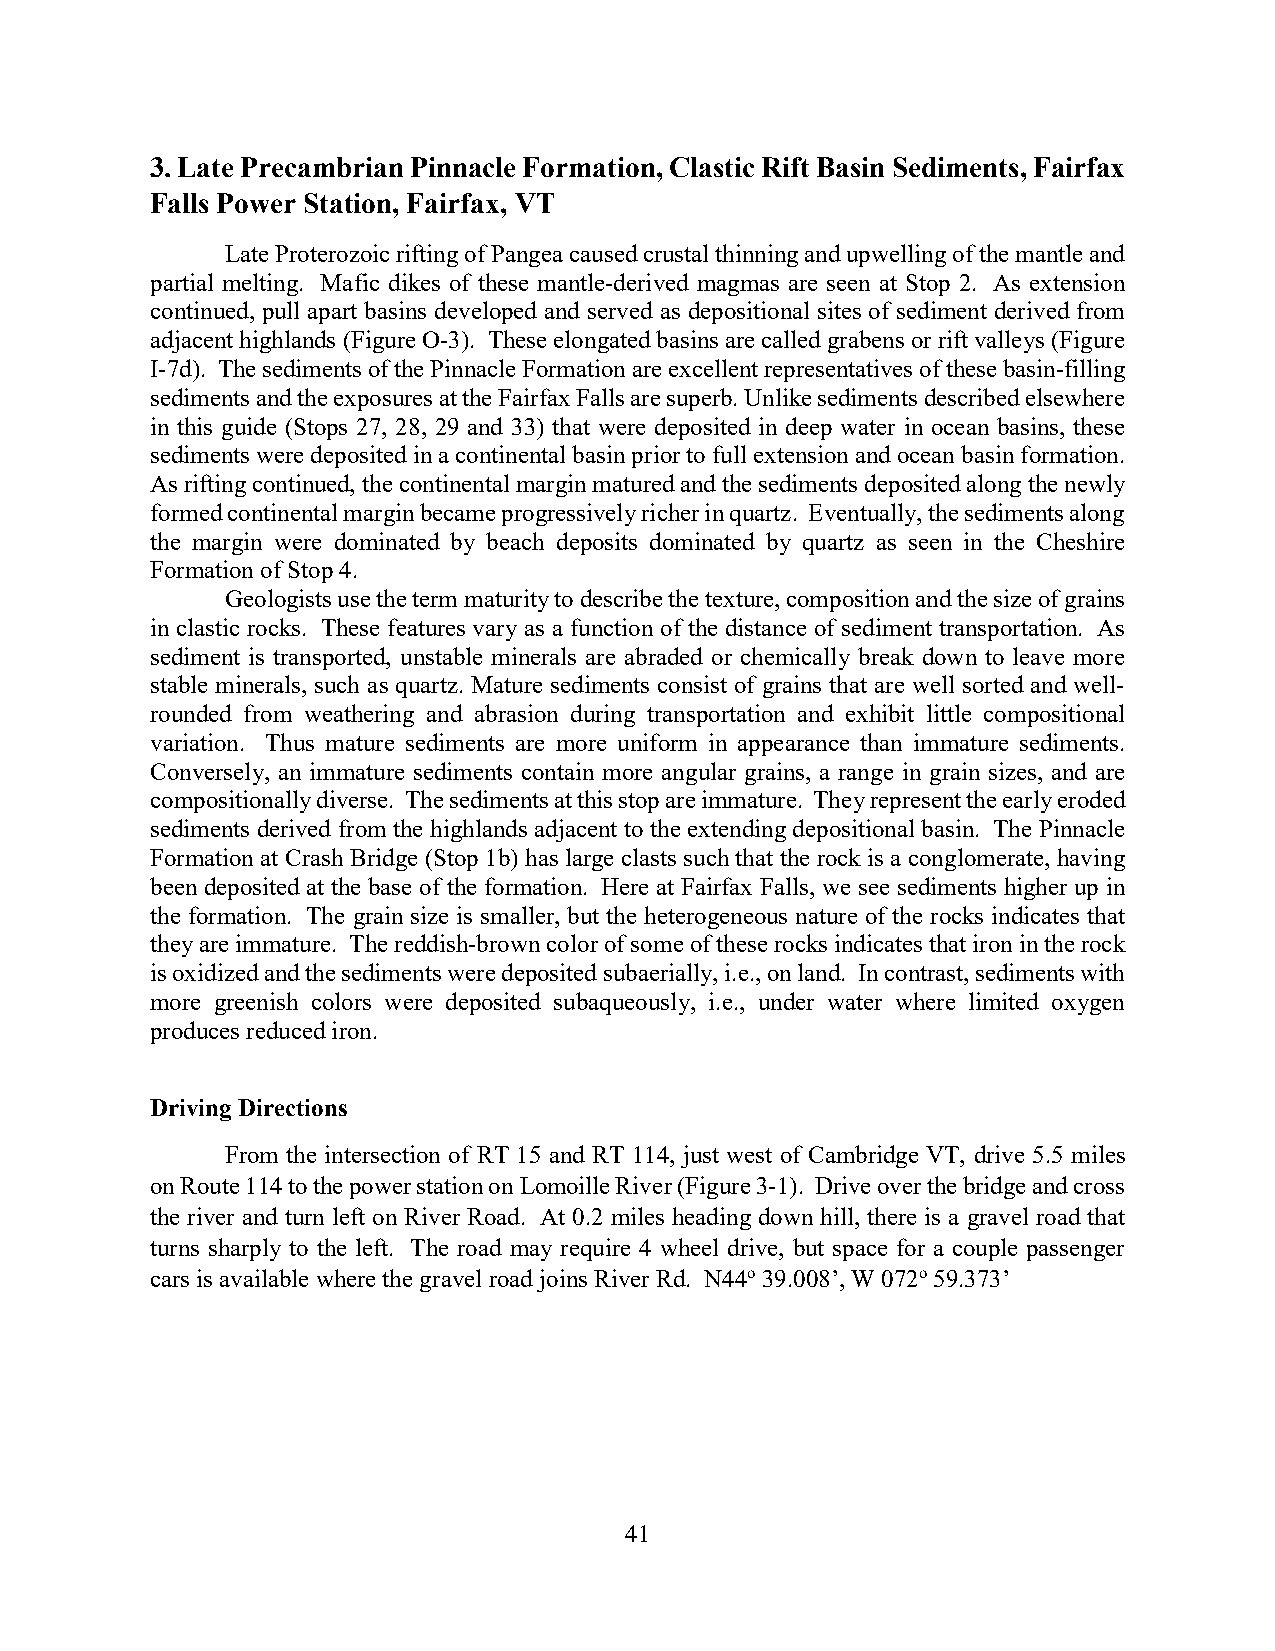
3. Late Precambrian Pinnacle Formation, Clastic Rift Basin Sediments, Fairfax
 Falls Power Station, Fairfax, VT
 Late Proterozoic rifting of Pangea caused crustal thinning and upwelling of the mantle and
 partial melting. Mafic dikes of these mantle-derived magmas are seen at Stop 2. As extension
 continued, pull apart basins developed and served as depositional sites of sediment derived from
 adjacent highlands (Figure O-3). These elongated basins are called grabens or rift valleys (Figure
 I-7d). The sediments of the Pinnacle Formation are excellent representatives of these basin-filling
 sediments and the exposures at the Fairfax Falls are superb. Unlike sediments described elsewhere
 in this guide (Stops 27, 28, 29 and 33) that were deposited in deep water in ocean basins, these
 sediments were deposited in a continental basin prior to full extension and ocean basin formation.
 As rifting continued, the continental margin matured and the sediments deposited along the newly
 formed continental margin became progressively richer in quartz. Eventually, the sediments along
 the margin were dominated by beach deposits dominated by quartz as seen in the Cheshire
 Formation of Stop 4.
 Geologists use the term maturity to describe the texture, composition and the size of grains
 in clastic rocks. These features vary as a function of the distance of sediment transportation. As
 sediment is transported, unstable minerals are abraded or chemically break down to leave more
 stable minerals, such as quartz. Mature sediments consist of grains that are well sorted and well-
 rounded from weathering and abrasion during transportation and exhibit little compositional
 variation. Thus mature sediments are more uniform in appearance than immature sediments.
 Conversely, an immature sediments contain more angular grains, a range in grain sizes, and are
 compositionally diverse. The sediments at this stop are immature. They represent the early eroded
 sediments derived from the highlands adjacent to the extending depositional basin. The Pinnacle
 Formation at Crash Bridge (Stop 1b) has large clasts such that the rock is a conglomerate, having
 been deposited at the base of the formation. Here at Fairfax Falls, we see sediments higher up in
 the formation. The grain size is smaller, but the heterogeneous nature of the rocks indicates that
 they are immature. The reddish-brown color of some of these rocks indicates that iron in the rock
 is oxidized and the sediments were deposited subaerially, i.e., on land. In contrast, sediments with
 more greenish colors were deposited subaqueously, i.e., under water where limited oxygen
 produces reduced iron.
 Driving Directions
 From the intersection of RT 15 and RT 114, just west of Cambridge VT, drive 5.5 miles
 on Route 114 to the power station on Lomoille River (Figure 3-1). Drive over the bridge and cross
 the river and turn left on River Road. At 0.2 miles heading down hill, there is a gravel road that
 turns sharply to the left. The road may require 4 wheel drive, but space for a couple passenger
 cars is available where the gravel road joins River Rd. N44o 39.008’, W 072o 59.373’
 41